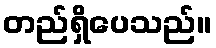
တည်ရှိပေသည်။